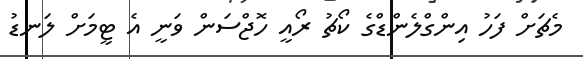
މެޗަށް ފަހު އިންގްލެންޑްގެ ކޯޗު ރޯއީ ހޮޖްސަން ވަނީ އެ ޓީމަށް ލަނޑު